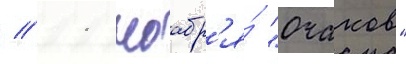
// 11 ноабр'я́ "очаков"